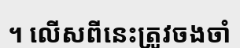
។ លើសពីនេះត្រូវចងចាំ